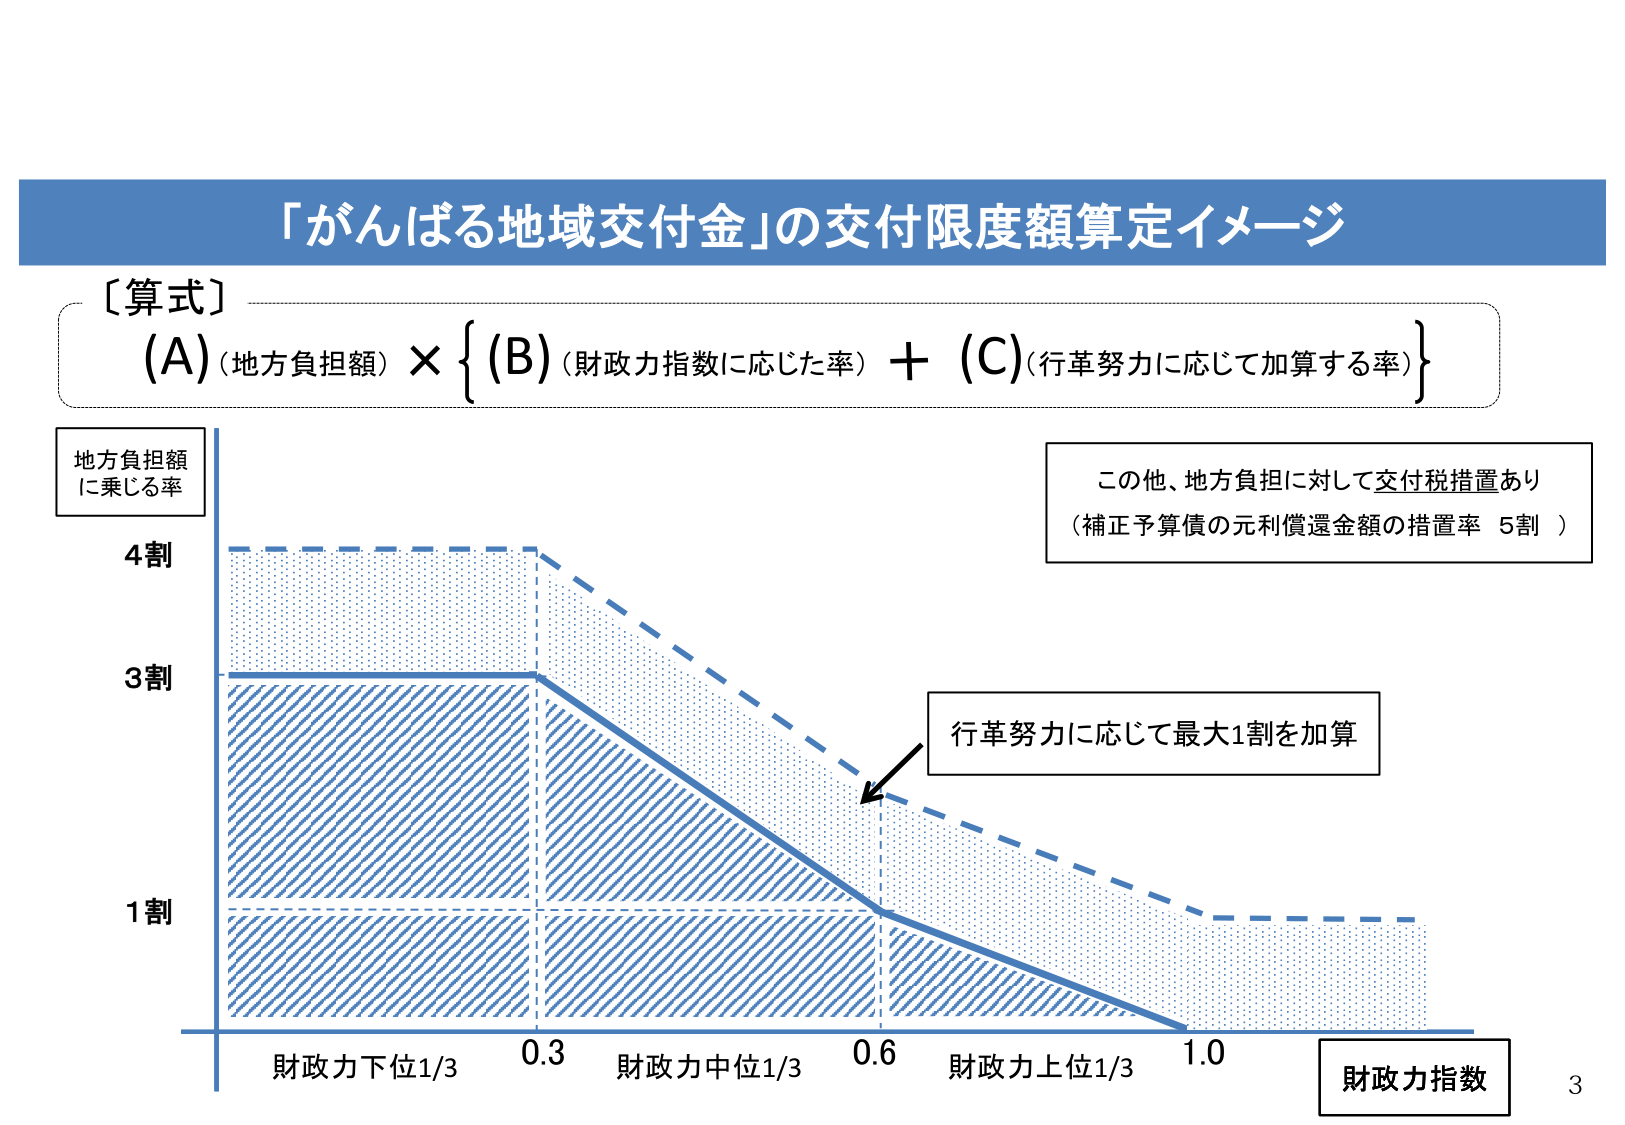
「がんばる地域交付金」の交付限度額算定イメージ

〔算式〕
(A)（地方負担額）×｛(B)（財政力指数に応じた率）＋ (C)（行革努力に応じて加算する率）｝

地方負担額
に乗じる率

4割
3割
1割

財政力下位1/3　0.3　財政力中位1/3　0.6　財政力上位1/3　1.0　財政力指数

行革努力に応じて最大1割を加算

この他、地方負担に対して交付税措置あり
（補正予算債の元利償還金額の措置率 5割）

3